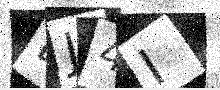
Text: DJ4I